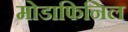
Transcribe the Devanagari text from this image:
मोडाफिनिल